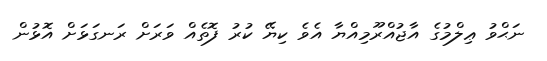
ނަޙްވު ޢިލްމުގެ އާޖުއްރޫމިއްޔާ އެވެ ކިޔޭ ކުރު ފޮތެއް ވަރަށް ރަނގަޅަށް އޮޅުން